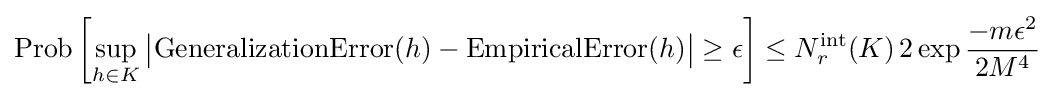
\operatorname {Prob} \left[\sup _{h\in K}{\big \vert }{\text{GeneralizationError}}(h)-{\text{EmpiricalError}}(h){\big \vert }\geq \epsilon \right]\leq N_{r}^{\text{int}}(K)\,2\exp {-m\epsilon ^{2} \over 2M^{4}}